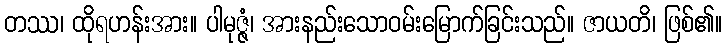
တဿ၊ ထိုရဟန်းအား။ ပါမုဇ္ဇံ၊ အားနည်းသောဝမ်းမြောက်ခြင်းသည်။ ဇာယတိ၊ ဖြစ်၏။